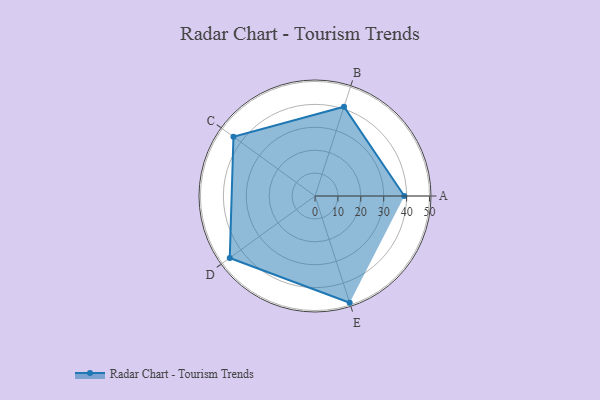
{"axis": {"x": "Skill", "y": "Score"}, "legend": ["Profile"], "data": [{"x": "A", "y": 39.0, "type": "Profile"}, {"x": "B", "y": 41.0, "type": "Profile"}, {"x": "C", "y": 44.0, "type": "Profile"}, {"x": "D", "y": 46.0, "type": "Profile"}, {"x": "E", "y": 49.0, "type": "Profile"}]}